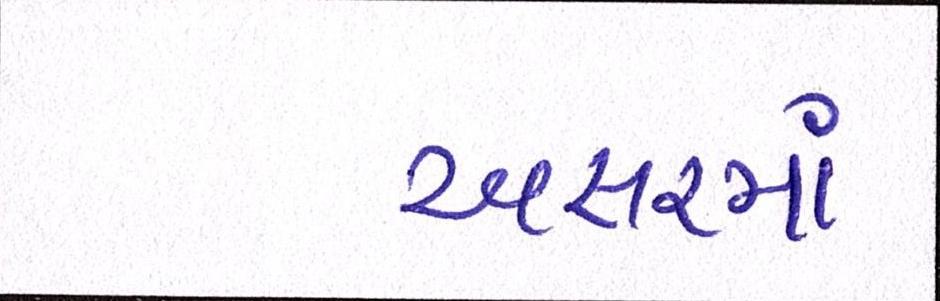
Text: અસરમાં